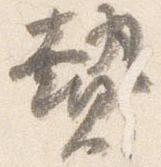
贄